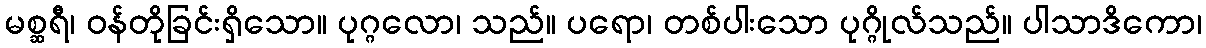
မစ္ဆရီ၊ ဝန်တိုခြင်းရှိသော။ ပုဂ္ဂလော၊ သည်။ ပရော၊ တစ်ပါးသော ပုဂ္ဂိုလ်သည်။ ပါသာဒိကော၊